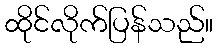
ထိုင်လိုက်ပြန်သည်။